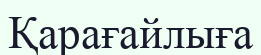
Қарағайлыға